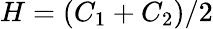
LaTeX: H=(C_{1}+C_{2})/2